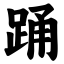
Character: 踊